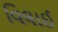
વિલાઈ